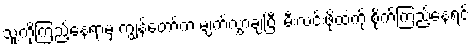
သူ့ကိုကြည့်နေရာမှ ကျွန်တော်က မျက်လွှာချပြီး မီးလင်းဖိုထဲကို စိုက်ကြည့်နေရင်း